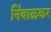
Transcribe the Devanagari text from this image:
नि॑बाळकर